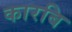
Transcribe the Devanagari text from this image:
कारबि